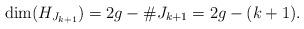
LaTeX: \begin{align*}\mathrm{dim}(H_{J_{k+1}})=2g-\#{J_{k+1}}=2g-(k+1).\end{align*}